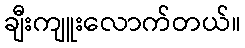
ချီးကျူးလောက်တယ်။